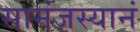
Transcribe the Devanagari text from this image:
सामंजस्यानं